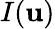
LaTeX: I(\mathbf{u})